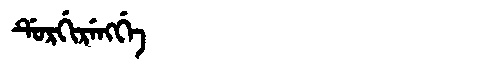
Manchu: ᡩᡠᡵᡤᡳᡵᡝᠩᡤᡝ
Romanization: DURGIRENGGE